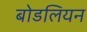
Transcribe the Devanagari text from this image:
बोडलियन